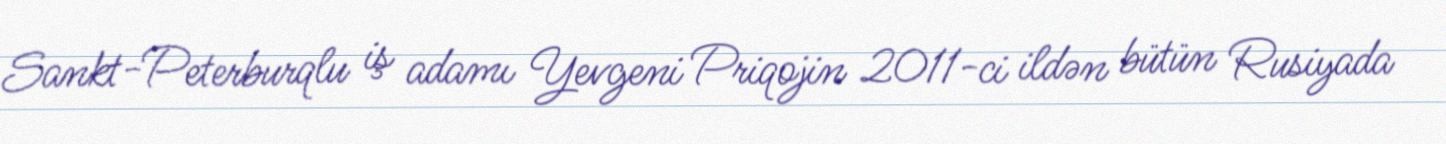
Sankt-Peterburqlu iş adamı Yevgeni Priqojin 2011-ci ildən bütün Rusiyada